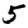
Digit: 5